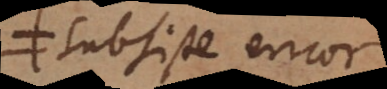
subsiste encor,